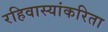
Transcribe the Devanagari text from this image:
रहिवास्यांकरिता